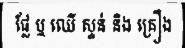
ផ្លែ ឬ ឈើ ស្ទន់ និង គ្រឿង